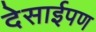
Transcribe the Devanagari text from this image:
देसाईपण